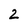
Character: 2